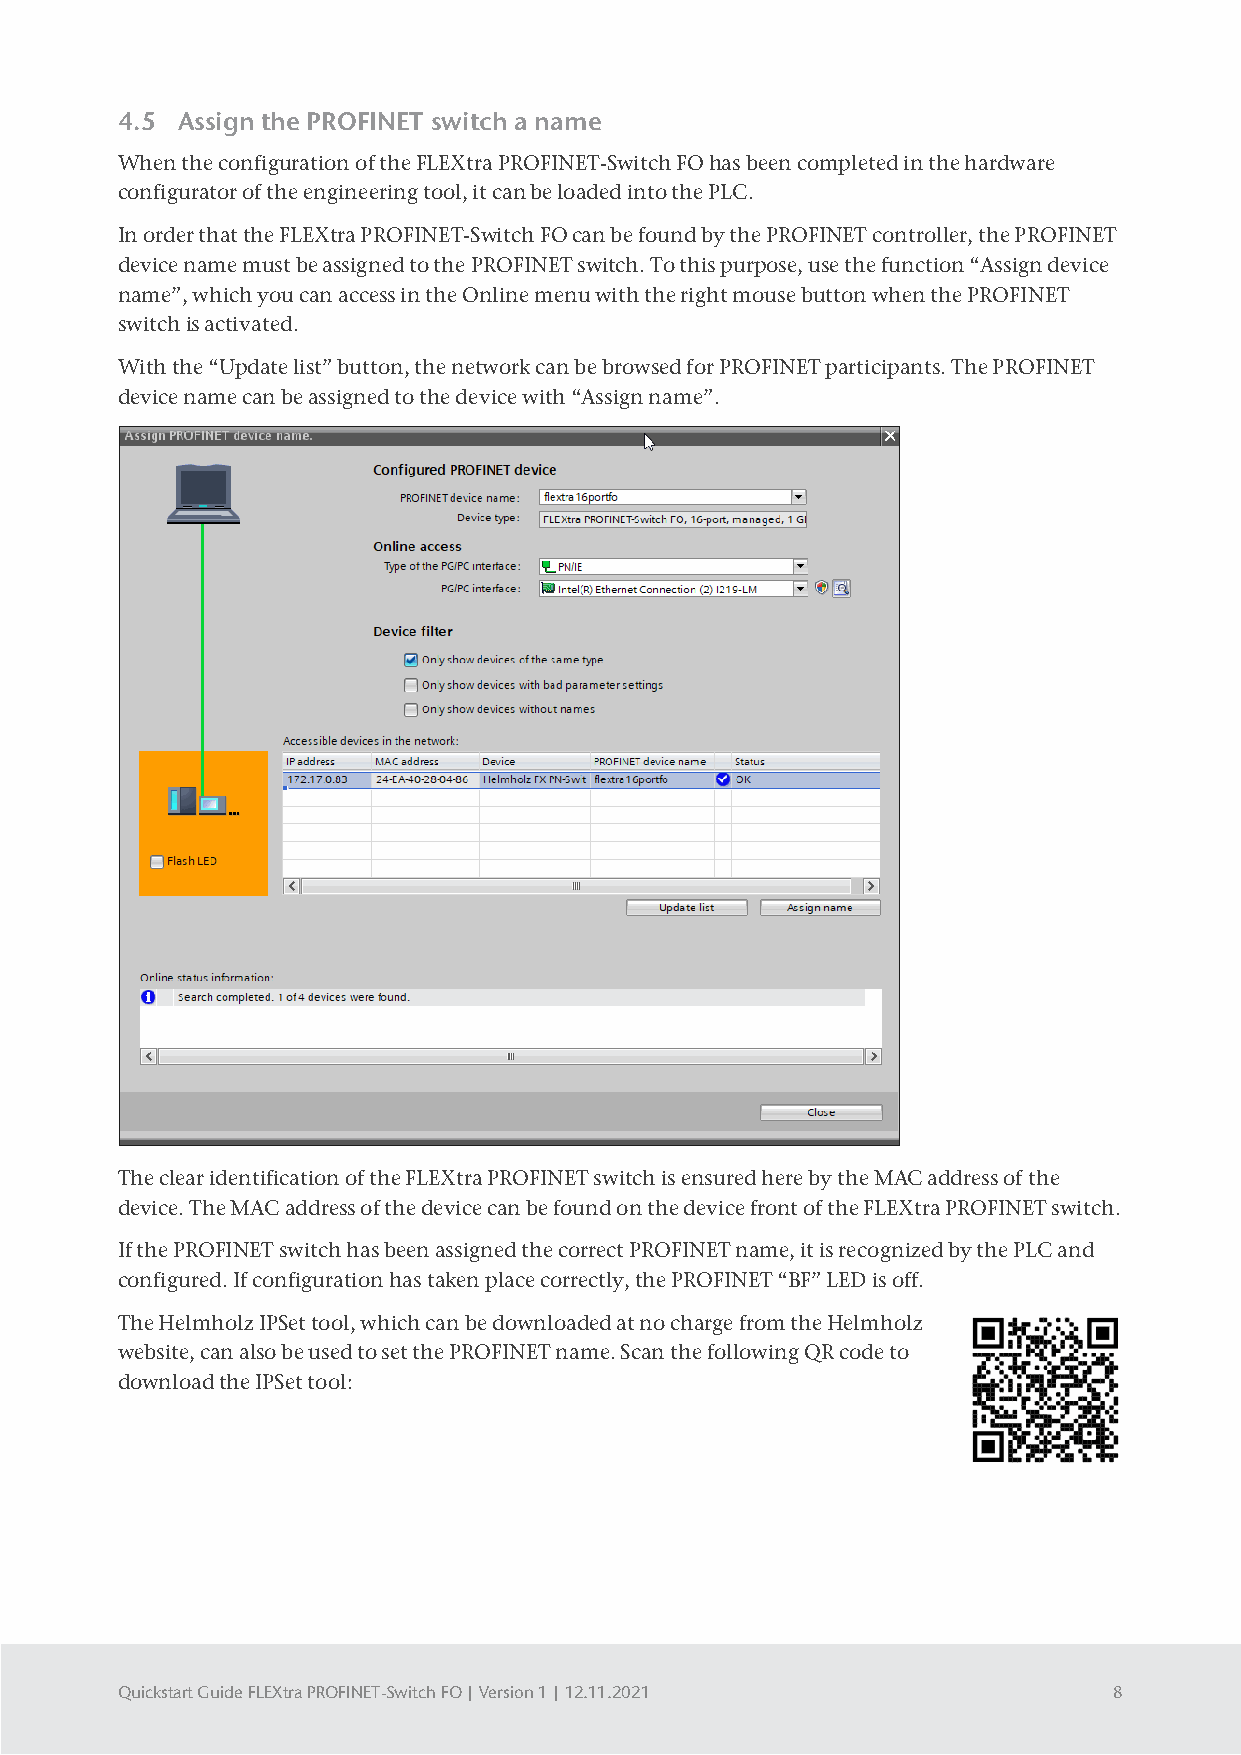
4.5 Assign the PROFINET switch a name
 When the configuration of the FLEXtra PROFINET-Switch FO has been completed in the hardware
 configurator of the engineering tool, it can be loaded into the PLC.
 In order that the FLEXtra PROFINET-Switch FO can be found by the PROFINET controller, the PROFINET
 device name must be assigned to the PROFINET switch. To this purpose, use the function “Assign device
 name”, which you can access in the Online menu with the right mouse button when the PROFINET
 switch is activated.
 With the “Update list” button, the network can be browsed for PROFINET participants. The PROFINET
 device name can be assigned to the device with “Assign name”.
 The clear identification of the FLEXtra PROFINET switch is ensured here by the MAC address of the
 device. The MAC address of the device can be found on the device front of the FLEXtra PROFINET switch.
 If the PROFINET switch has been assigned the correct PROFINET name, it is recognized by the PLC and
 configured. If configuration has taken place correctly, the PROFINET “BF” LED is off.
 The Helmholz IPSet tool, which can be downloaded at no charge from the Helmholz
 website, can also be used to set the PROFINET name. Scan the following QR code to
 download the IPSet tool:
 Quickstart Guide FLEXtra PROFINET-Switch FO | Version 1 | 12.11.2021 8